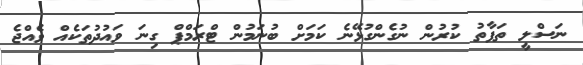
ނަސްލީ ތަފާތު ކުރުން ނުގެންގުޅޭނެ ކަމަށް ބުނަމުން ޓްރަމްޕް ގިނަ ވައުދުތަކެއް ވެއްޖެ